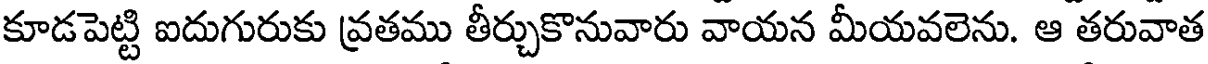
కూడపెట్టి ఐదుగురుకు వ్రతము తీర్చుకొనువారు వాయన మీయవలెను. ఆ తరువాత